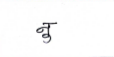
मजकूर: नु